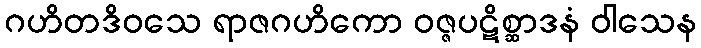
ဂဟိတဒိဝသေ ရာဇဂဟိကော ဝဇ္ဇပဋိစ္ဆာဒနံ ဝါသေန